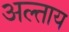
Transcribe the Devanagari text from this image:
अल्ताय